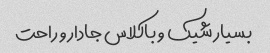
بسیار شیک و باکلاس جادار و راحت